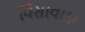
વિસાવાડા